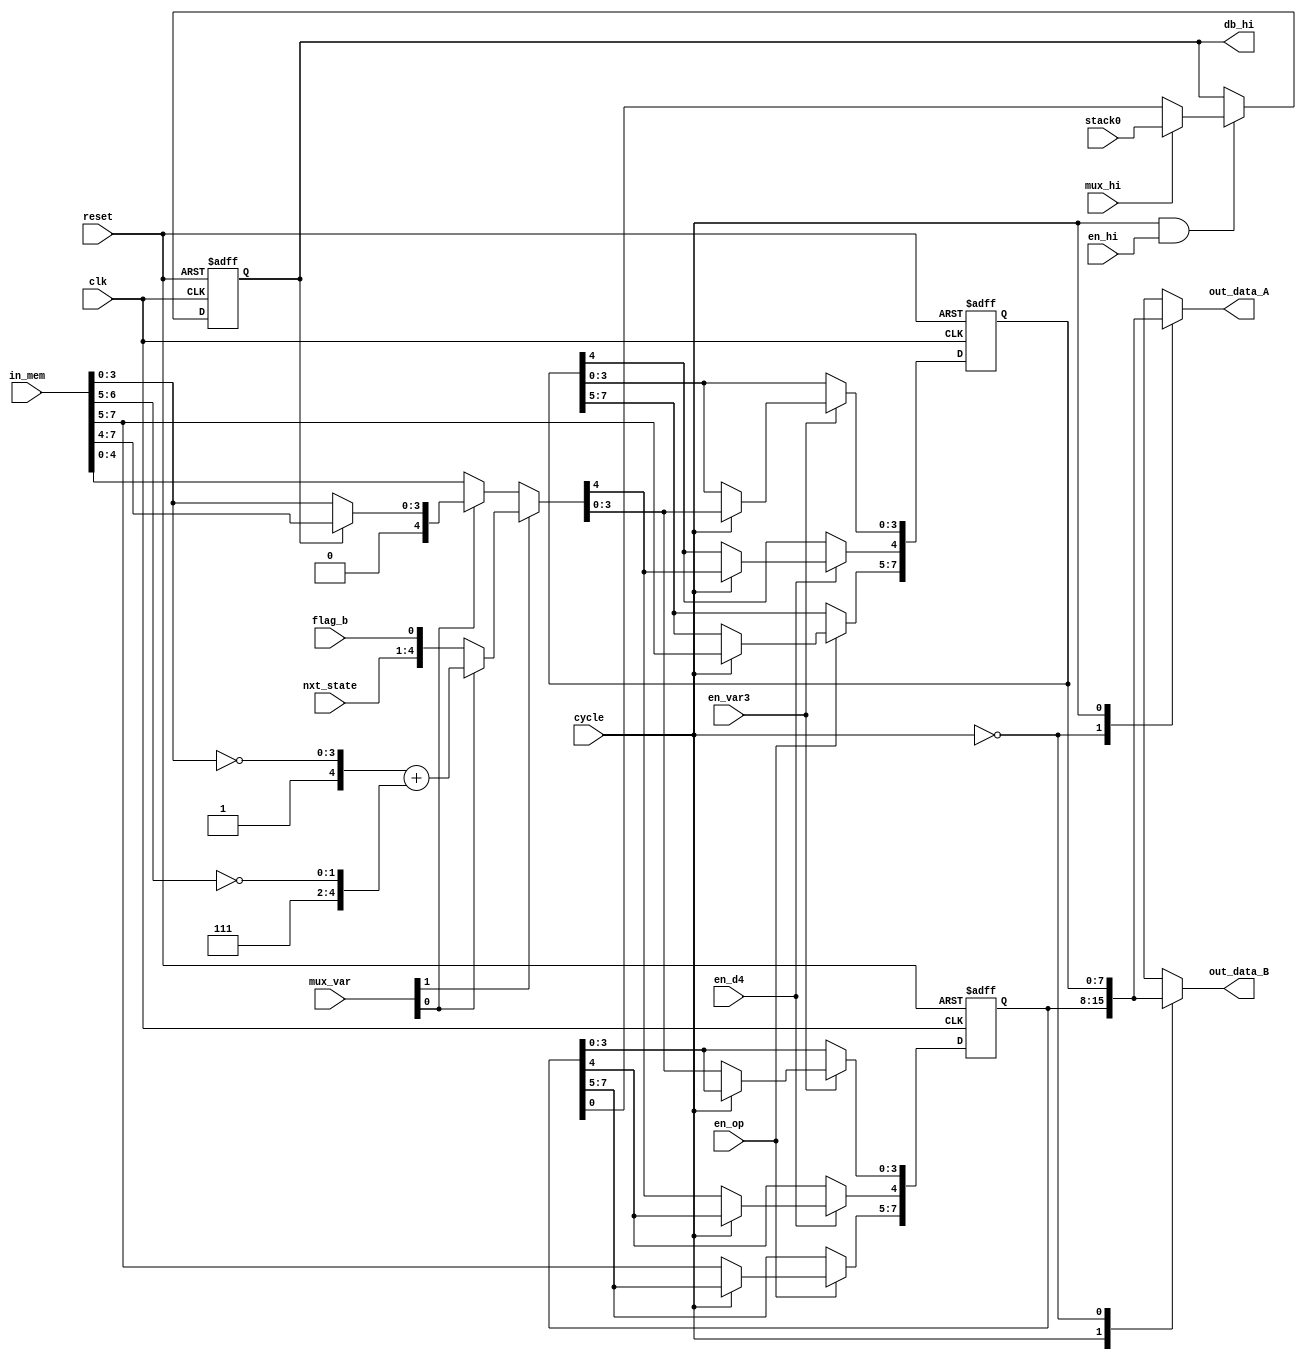
module parsing(
    input clk,             // Clock signal
    input reset,           // Asynchronous reset signal
    input cycle,
    
    input [7:0] in_mem,        // 8-bit input from memory
    input [3:0] nxt_state,     // 4-bit next state
    input stack0,              // lsb of stack.
    
    input flag_b,               // A Control: _flag_b := 1, 0
    input [1:0] mux_var,        // A Control: _var := (~addr + ~n), {nxt_state, _flag_b}, nib, 
    input en_d4,                // A Control: Write to VAR[4]
    input en_var3,              // A Control: Write to VAR[3:0]
    input en_op,                // A Control: Write to OP
    input mux_hi,               // B Control: HI <= stack0, VAR[0];
    input en_hi,                // B Control: Write to HI  
    // debug
    output db_hi,
    //output
    output [7:0] out_data_A,     // 8-bit output data
    output [7:0] out_data_B     // 8-bit output data
);

// Cycle concepts
localparam E = 1;
localparam T = 0;
localparam EVEN = 0; 
localparam ODD = 1;
// Aliases
wire A = cycle;
wire B = ~cycle;
wire T_is_A = cycle == EVEN;
wire T_is_B = cycle == ODD;
wire E_is_A = cycle == ODD;
wire E_is_B = cycle == EVEN;

reg HI; // Transition Only
reg [7:0] VAR [1:0];

// Internal signals
wire [3:0] function_out;     // Output of the function block (fx, b)
wire [7:0] data_segments;    // Concatenated DATA segments


wire[3:0] addr = in_mem[3:0];   // 4-bit address input          
wire[1:0] n = in_mem[6:5];      // 2-bit n input                

// Adder operation
wire[4:0] adder_out = {1'b1, ~addr} + {3'h7, ~n};  // sign-extended 5-bit addition

wire[3:0] nib_mux_out = HI ? in_mem[7:4] : in_mem[3:0];

wire hi_mux_out = mux_hi ? stack0 : VAR[T][0];
// Multiplexers and Data Segmentation
wire[4:0] var_mux_out = mux_var[1] ?
    (mux_var[0]? adder_out : {nxt_state, flag_b}) :
    (mux_var[0]? {1'b0, nib_mux_out} : in_mem[4:0]);
    
wire _en_hi = T_is_B & en_hi;
always @(posedge clk or posedge reset) begin: var_proc
    if(reset) begin
        VAR[0] <= 0;
        VAR[1] <= 0;
        HI <= 0;
    end else begin
        if (en_op)  VAR[A][7:5] <= in_mem[7:5];
        if (en_var3) VAR[A][3:0] <= var_mux_out[3:0];
        if (en_d4) VAR[A][4] <= var_mux_out[4];
        if (_en_hi) HI <= hi_mux_out;
    end
end 

assign out_data_B = VAR[B];
assign out_data_A = VAR[A];

assign db_hi = HI;

endmodule